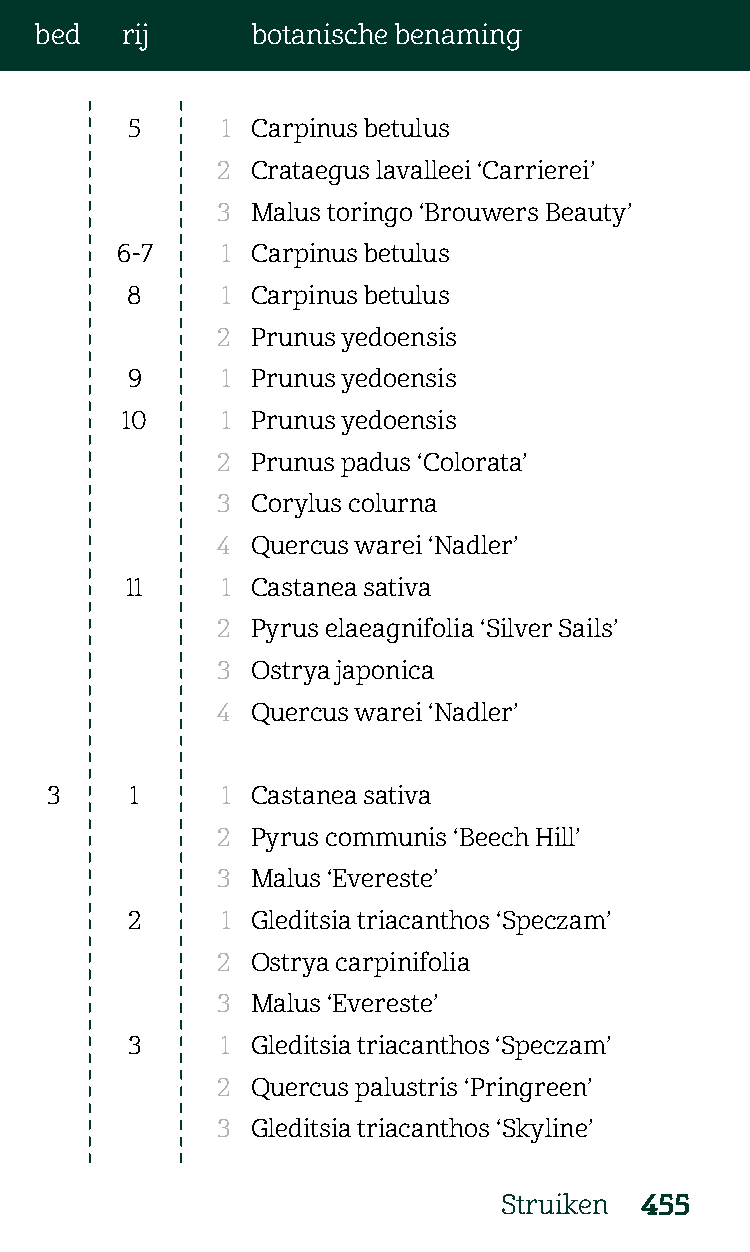
bed   rij      botanische benaming
 5      1 Carpinus betulus
 2  Crataegus lavalleei ‘Carrierei’
 3  Malus toringo ‘Brouwers Beauty’
 6-7    1 Carpinus betulus
 8      1 Carpinus betulus
 2  Prunus yedoensis
 9      1 Prunus yedoensis
 10     1 Prunus yedoensis
 2  Prunus padus ‘Colorata’
 3  Corylus colurna
 4  Quercus warei ‘Nadler’
 11     1 Castanea sativa
 2  Pyrus elaeagnifolia ‘Silver Sails’
 3  Ostrya japonica
 4  Quercus warei ‘Nadler’
 3     1     1 Castanea sativa
 2  Pyrus communis ‘Beech Hill’
 3  Malus ‘Evereste’
 2      1 Gleditsia triacanthos ‘Speczam’
 2  Ostrya carpinifolia
 3  Malus ‘Evereste’
 3      1 Gleditsia triacanthos ‘Speczam’
 2  Quercus palustris ‘Pringreen’
 3  Gleditsia triacanthos ‘Skyline’
 Struiken 455